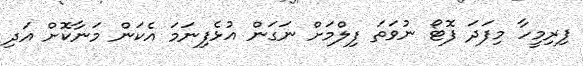
ފިރިމީހާ މިފަދަ ފޮޓޯ ނުވަތަ ފިލްމަށް ނަގަން އުޅެފިނަމަ އެކަން މަނާކޮށް އަދި